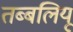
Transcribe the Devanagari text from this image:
तब्बलियू